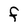
Character: F